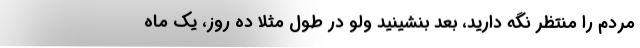
مردم را منتظر نگه دارید، بعد بنشینید ولو در طول مثلاً ده روز، یک ماه